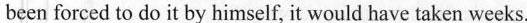
been forced to do it by himself, it would have taken weeks.